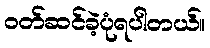
ဝတ်ဆင်ခဲ့ပုံရပါတယ်။